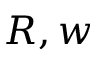
R , w